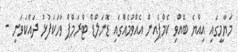
މަޔާމީގައި އިއްޔެ ބޭއްވި ކެމްޕެއިން އެއްވުމެއްގައި ޑޮނަލްޑް ޓްރަމްޕް ވާހަކަފުޅު ދައްކަވަނީ -